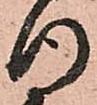
行